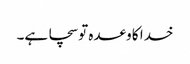
خدا کا وعدہ تو سچا ہے۔